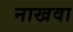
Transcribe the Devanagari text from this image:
नाखवा